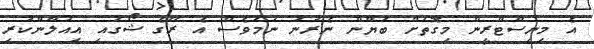
އެ މިނިސްޓްރީން މިގޮތަށް ބަޔާން ނެރުނު ނަމަވެސް އެ ރޭގެ ޝޯގައި އިއުލާންކުރި